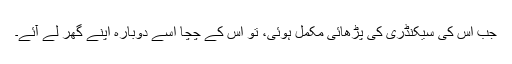
جب اس کی سیکنڈری کی پڑھائی مکمل ہوئی، تو اس کے چچا اسے دوبارہ اپنے گھر لے آئے۔